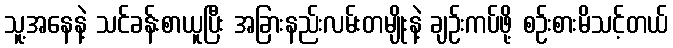
သူ့အနေနဲ့ သင်ခန်းစာယူပြီး အခြားနည်းလမ်းတမျိုးနဲ့ ချဉ်းကပ်ဖို့ စဉ်းစားမိသင့်တယ်